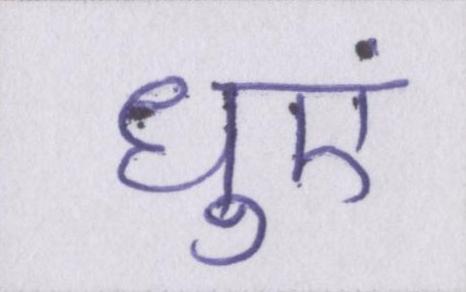
धुएं